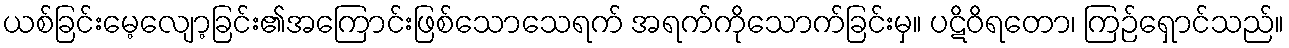
ယစ်ခြင်းမေ့လျော့ခြင်း၏အကြောင်းဖြစ်သောသေရက် အရက်ကိုသောက်ခြင်းမှ။ ပဋိဝိရတော၊ ကြဉ်ရှောင်သည်။